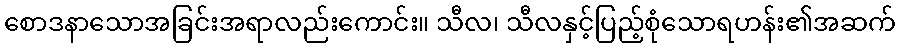
စောဒနာသောအခြင်းအရာလည်းကောင်း။ သီလ၊ သီလနှင့်ပြည့်စုံသောရဟန်း၏အဆက်